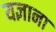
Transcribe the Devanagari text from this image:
यज्ञाना